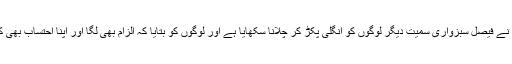
میں نے فیصل سبزواری سمیت دیگر لوگوں کو انگلی پکڑ کر چلانا سکھایا ہے اور لوگوں کو بتایا کہ الزام بھی لگا اور اپنا احتساب بھی کرو۔